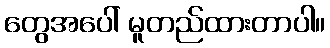
တွေအပေါ် မူတည်ထားတာပါ။